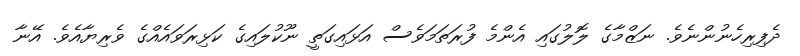
ދެފިރިހެނުންނެވެ. ނަޒްމާގެ ލޮލުގައި އެންމެ ފުރަތަމަވެސް އަޅައިގަތީ ނޫކުލައިގެ ކަޅިރަވައެއްގެ ވެރިޔާއެވެ. އޭނާ